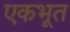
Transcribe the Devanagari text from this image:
एकभूत